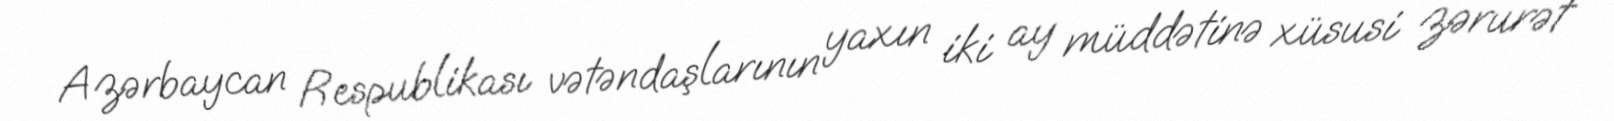
Azərbaycan Respublikası vətəndaşlarının yaxın iki ay müddətinə xüsusi zərurət